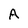
Character: A